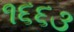
૧૬૬૩